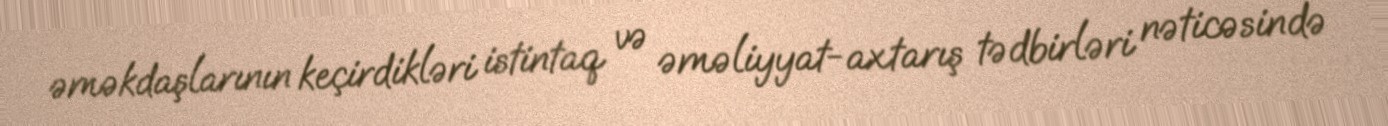
əməkdaşlarının keçirdikləri istintaq və əməliyyat-axtarış tədbirləri nəticəsində